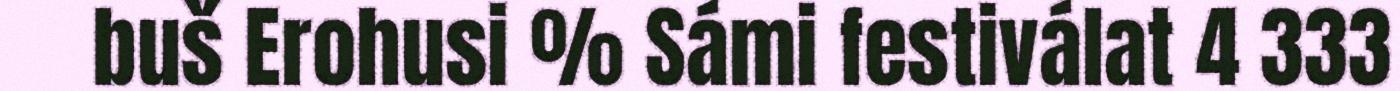
buš Erohusi % Sámi festiválat 4 333